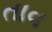
તાવ